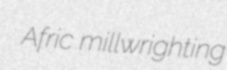
Afric millwrighting